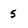
Character: 5